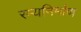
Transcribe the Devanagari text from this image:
रम्यनिर्माण